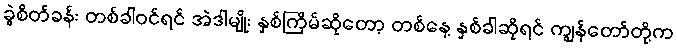
ခွဲစိတ်ခန်း တစ်ခါဝင်ရင် အဲဒါမျိုး နှစ်ကြိမ်ဆိုတော့ တစ်နေ့ နှစ်ခါဆိုရင် ကျွန်တော်တို့က